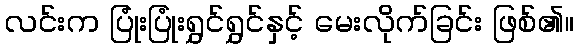
လင်းက ပြုံးပြုံးရွှင်ရွှင်နှင့် မေးလိုက်ခြင်း ဖြစ်၏။